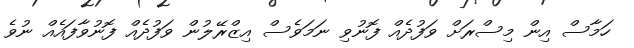
ހަމާސް އިން މިސްރަށް ވަފުދެއް ފޮނުވި ނަމަވެސް އިޒްރޭލުން ވަފުދެއް ފޮނުވާފައެއް ނުވެ